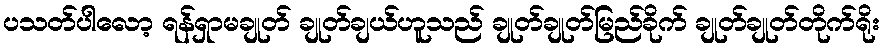
ပသတ်ပါလော့ ရန်ရှာမချုတ် ချုတ်ချယ်ဟူသည် ချုတ်ချုတ်မြည်ခိုက် ချုတ်ချုတ်တိုက်ရိုး